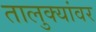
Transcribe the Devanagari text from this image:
तालुक्यांवर